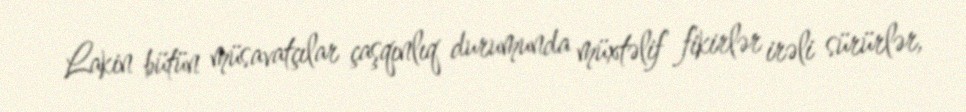
Lakin bütün müsavatçılar çaşqınlıq durumunda müxtəlif fikirlər irəli sürürlər,